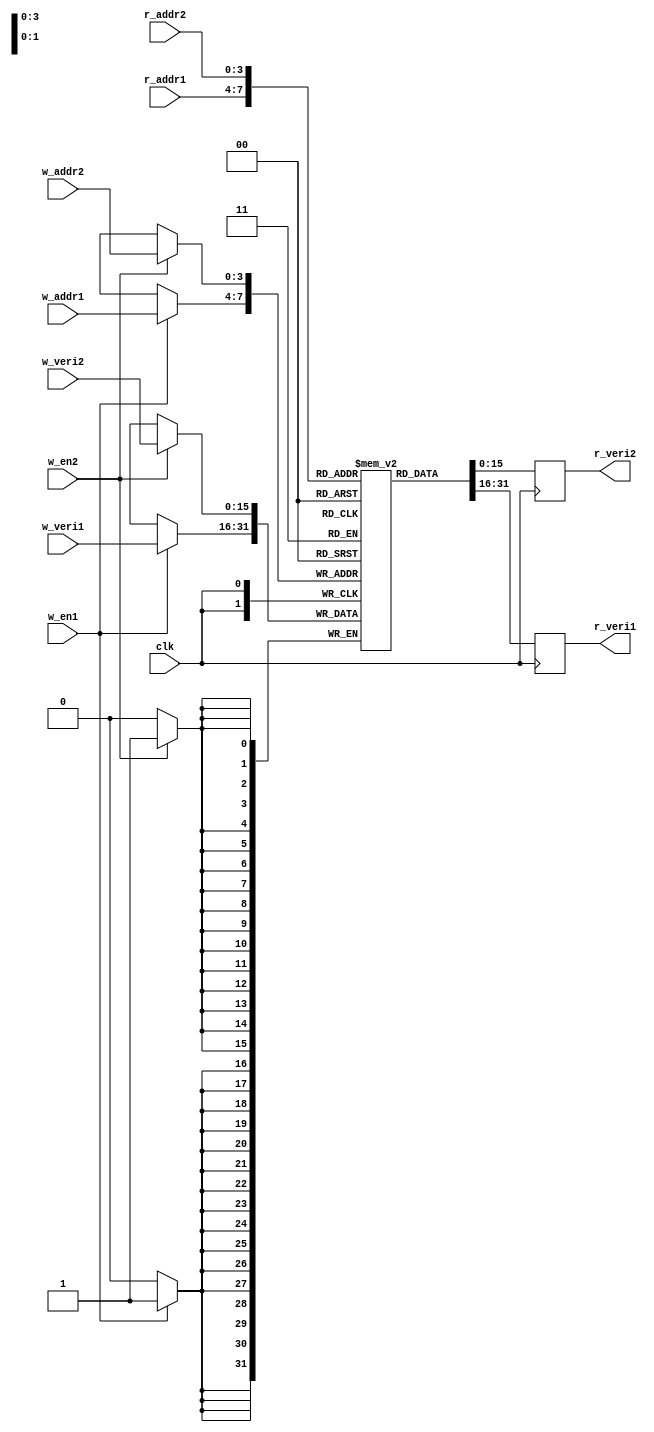
module cift_yollu_ram(
  input clk,       // saat girii
  input [3:0] w_addr1, // 1. yazma adres girii
  input [3:0] w_addr2, // 2. yazma adres girii
  input w_en1,     // 1. yazma izni girii
  input w_en2,     // 2. yazma izni girii
  input [15:0] w_veri1, // 1. yazma verisi girii
  input [15:0] w_veri2, // 2. yazma verisi girii
  input [3:0] r_addr1, // 1. okuma adres girii
  input [3:0] r_addr2, // 2. okuma adres girii
  output reg [15:0] r_veri1, // 1. okuma verisi k
  output reg [15:0] r_veri2  // 2. okuma verisi k
);

reg [15:0] mem[0:15]; // 16x16 bellein tanm

// 1. port yazma 
always @(posedge clk) begin
  if (w_en1) begin
    mem[w_addr1] <= w_veri1;
  end
end

// 2. port yazma 
always @(posedge clk) begin
  if (w_en2) begin
    mem[w_addr2] <= w_veri2;
  end
end

// 1. port okuma 
always @(posedge clk) begin
  r_veri1 <= mem[r_addr1];
end

// 2. port okuma
always @(posedge clk) begin
  r_veri2 <= mem[r_addr2];
end

endmodule